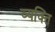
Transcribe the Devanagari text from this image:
व्‍यक्‍ति